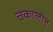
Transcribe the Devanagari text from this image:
त्तकालीन